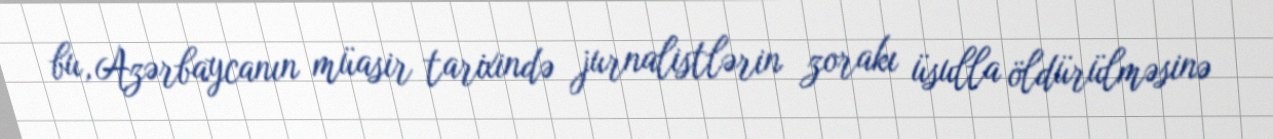
bu, Azərbaycanın müasir tarixində jurnalistlərin zorakı üsulla öldürülməsinə